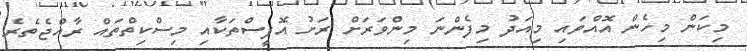
މިކަން މިހެން އޮއްވައި މިއަދު މިފެންނަ މިންވަރަށް ރަށު އޮފީސްތަކާއި މިސްކިތްތައް ރާއްޖެތެރެ